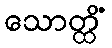
သောတ္ထိံ